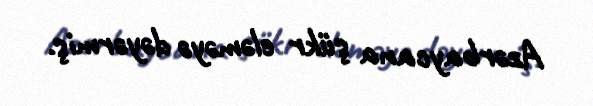
Azərbaycana şükr eləməyə dəyərmiş.